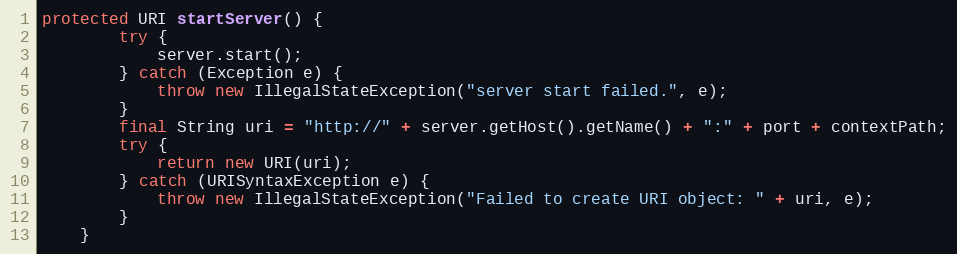
Language: Java
protected URI startServer() {
        try {
            server.start();
        } catch (Exception e) {
            throw new IllegalStateException("server start failed.", e);
        }
        final String uri = "http://" + server.getHost().getName() + ":" + port + contextPath;
        try {
            return new URI(uri);
        } catch (URISyntaxException e) {
            throw new IllegalStateException("Failed to create URI object: " + uri, e);
        }
    }